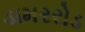
ડામરરોડ